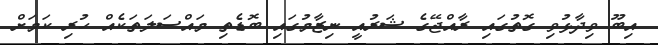
އިބޫ ވިދާޅުވި ގޮތުގައި ރާއްޖޭގެ ޝަރުއީ ނިޒާމުގައި ބޮޑެތި މައްސަލަތަކެއް ހުރި ކަމަށް